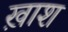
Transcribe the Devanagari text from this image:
ख़ाश